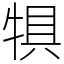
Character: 犋